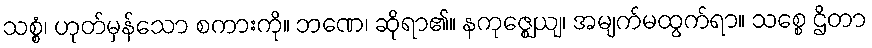
သစ္စံ၊ ဟုတ်မှန်သော စကားကို။ ဘဏေ၊ ဆိုရာ၏။ နကုဇ္ဈေယျ၊ အမျက်မထွက်ရာ။ သစ္စေ ဌိတာ